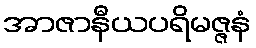
အာဇာနီယပရိမဇ္ဇနံ